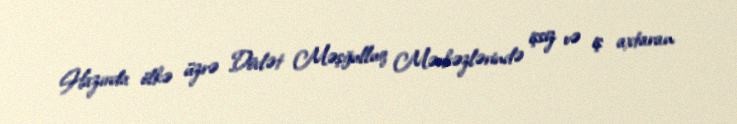
Hazırda ölkə üzrə Dövlət Məşğulluq Mərkəzlərində işsiz və iş axtaran